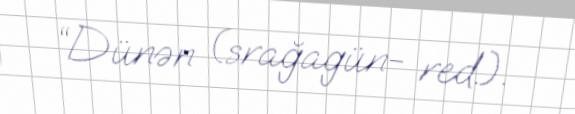
“Dünən (srağagün- red.).